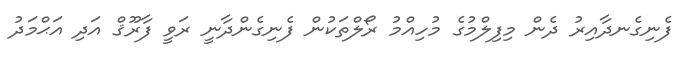
ފެނިގެނދާއިރު ދެން މިފިލްމުގެ މުހިއްމު ރޯލްތަކުން ފެނިގެންދާނީ ރަވީ ފާރޫޤް އަދި އަޙްމަދު